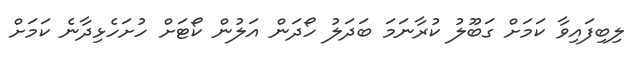
ލިބިފައިވާ ކަމަށް ގަބޫލު ކުރާނަމަ ބަދަލު ހޯދަން އަލުން ކޯޓަށް ހުށަހެޅިދާނެ ކަމަށް